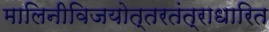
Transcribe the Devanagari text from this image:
मालिनीविजयोत्तरतंत्राधारित